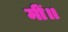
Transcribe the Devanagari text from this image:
मीं॥